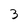
Character: 3